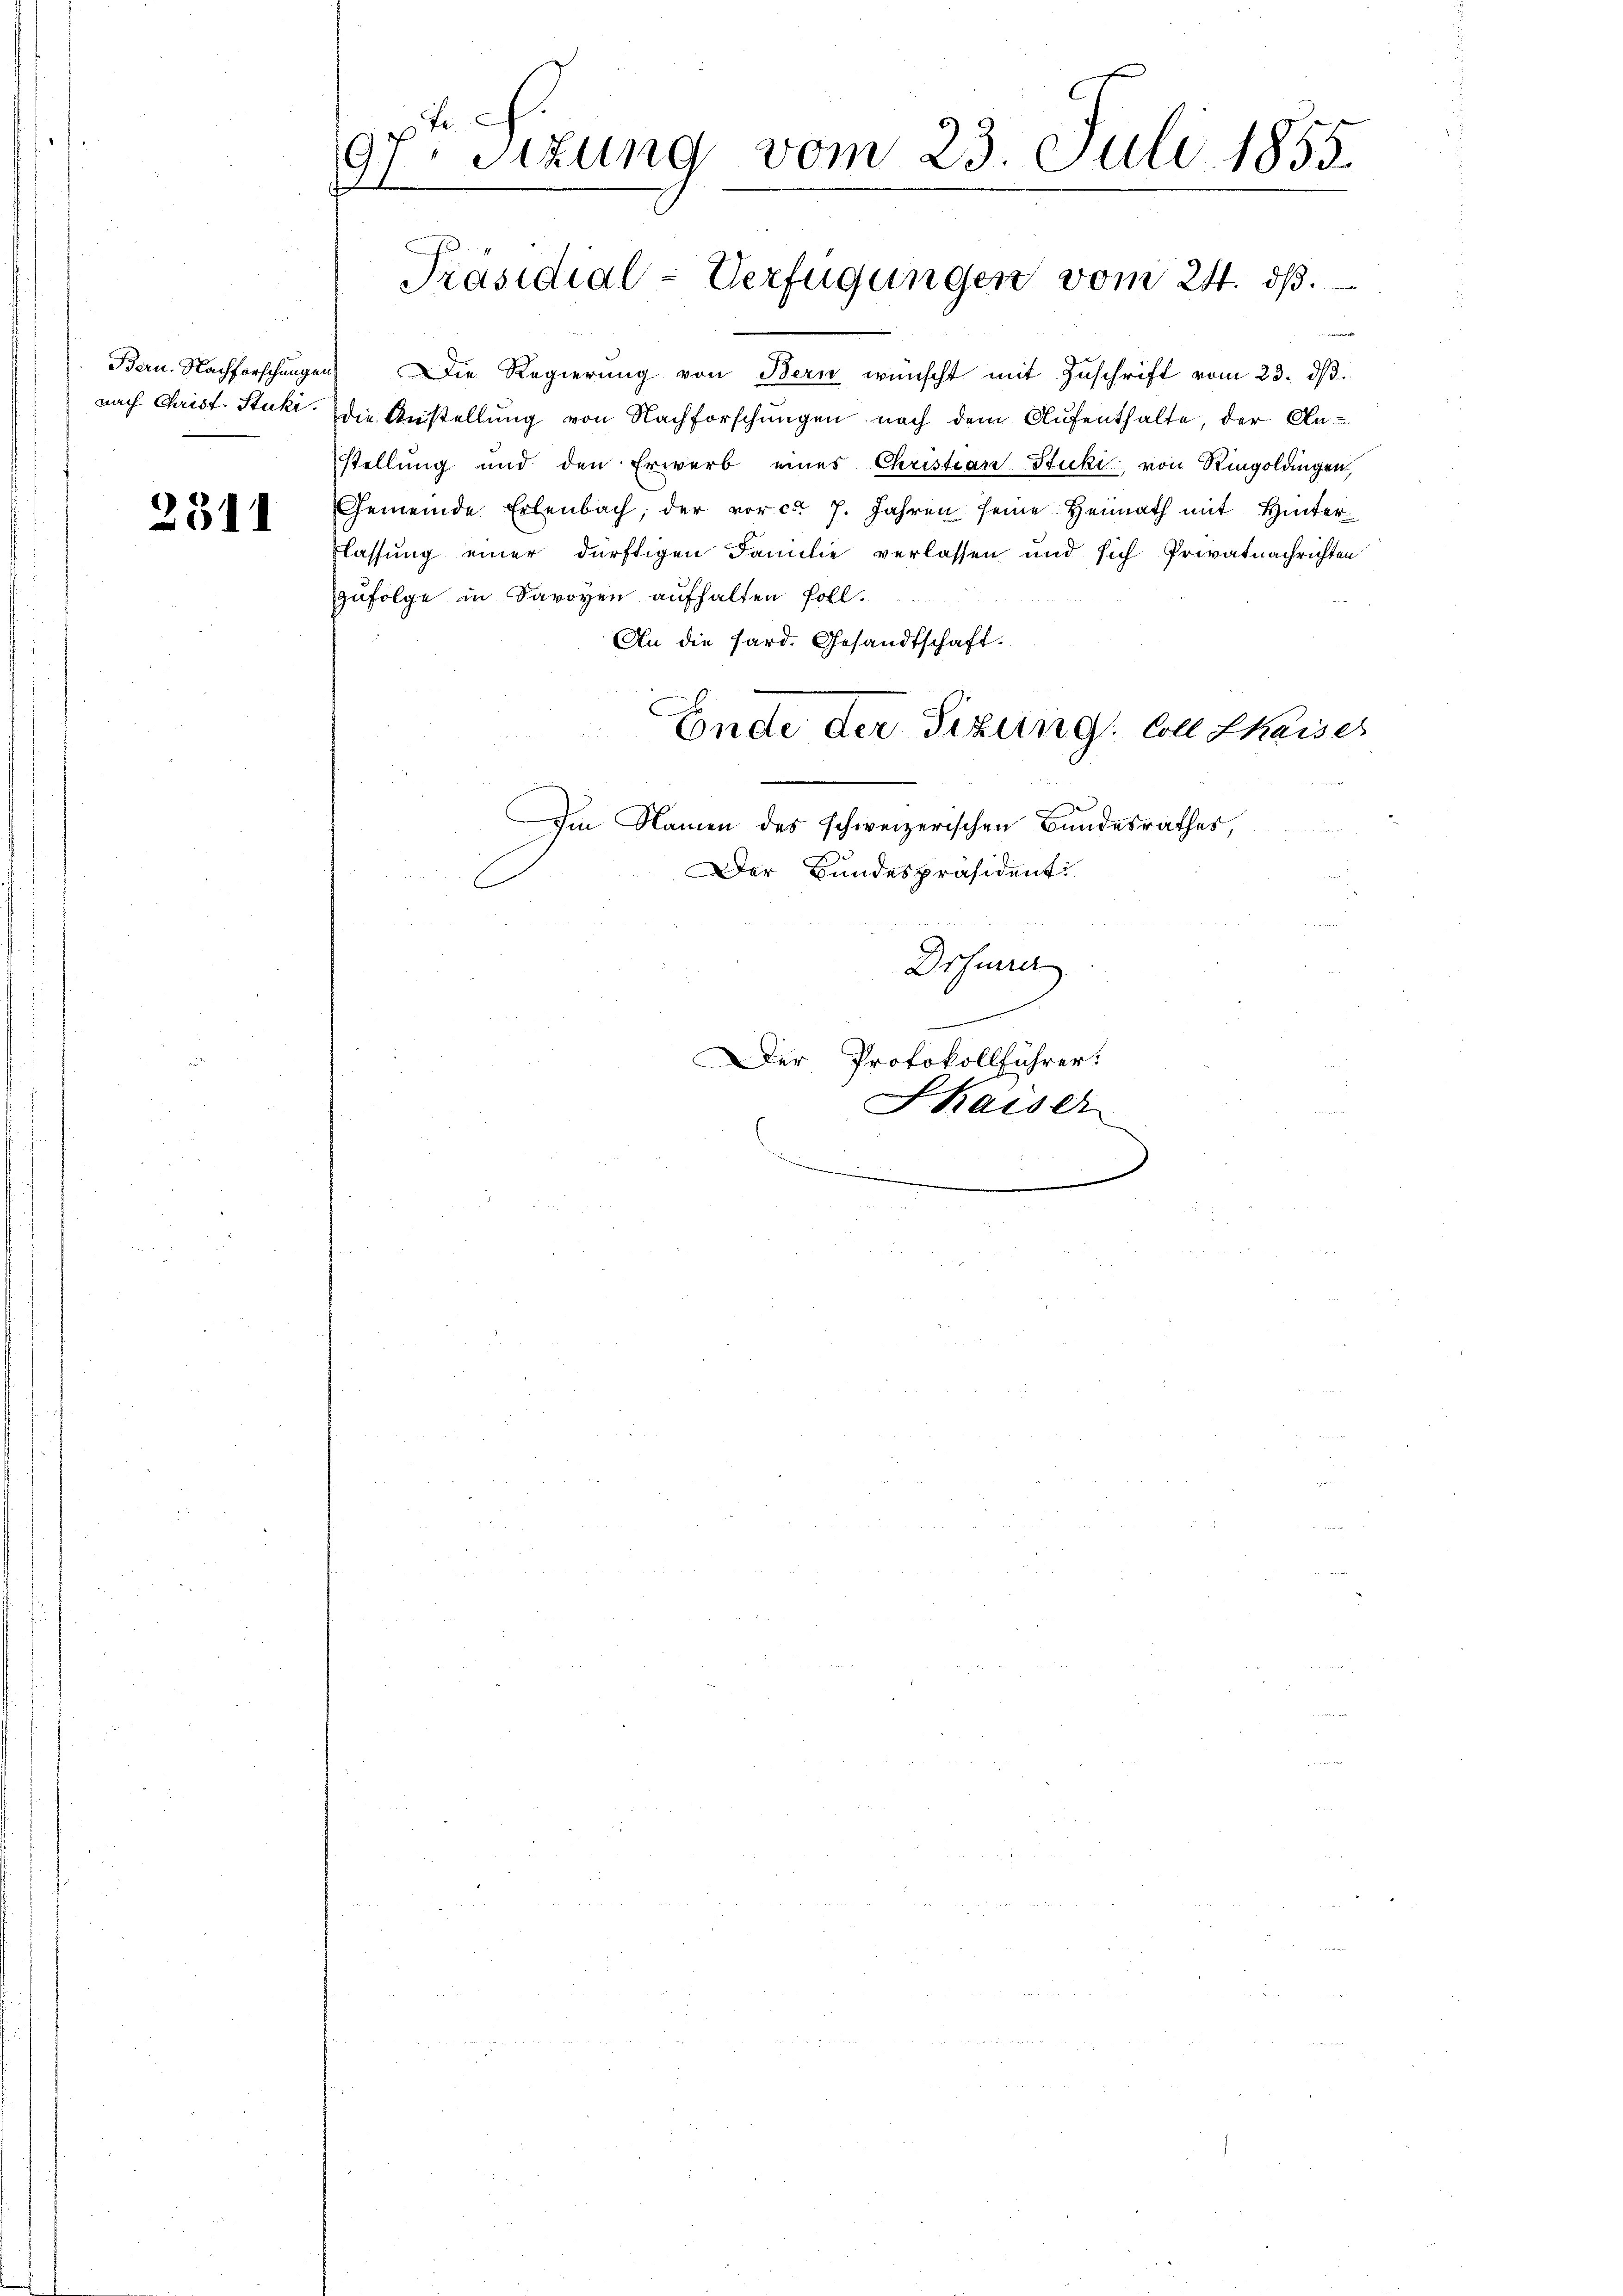
Bern. Nachforschungen
nach Christ. Stuki.

2311

2
97. Sizung vom 23. Juli 1855.
7

Präsidial-Verfügungen vom 24. ds.

Die Regierŭng von Bern wünscht mit Zuschrift vom 23. dβ.
die Anstellung von Nachforschungen nach dem Aufenthalte der Anstellung und den Erwerb eines Christian Stuki von Ringolangen,
Gemeinde Erlenbach, der vor ca. 7. Jahren seine Heimath mit Hinterflassung einer dürftigen Familie verlassen und sich Privatnachrichten
zufolge in Davoyen aufhalten soll.
An die Sard. Gesandtschaft.
.
Im Namen des schweizerischen Bundesrathes,
Der Bundespräsident
Drfurre
.
Der Protokollführer:
Skaiser

Ende der Sitzung Coll Chaiser